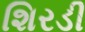
શિરડી